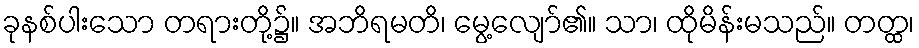
ခုနစ်ပါးသော တရားတို့၌။ အဘိရမတိ၊ မွေ့လျော်၏။ သာ၊ ထိုမိန်းမသည်။ တတ္ထ၊